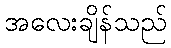
အလေးချိန်သည်